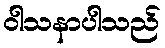
ဝါသနာပါသည်